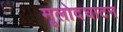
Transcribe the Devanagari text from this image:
मूलोदघाटन